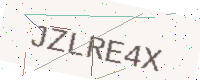
Text: JZLRE4X